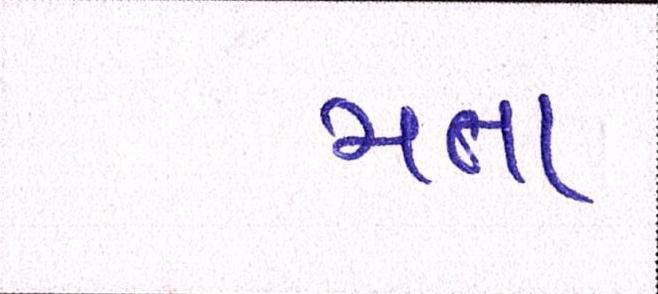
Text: મતા